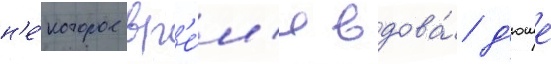
н'е́которое вр'е́м'я вдова́ д'юше